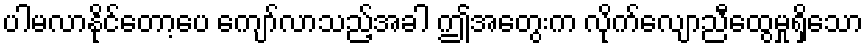
ပါမလာနိုင်တော့ပေ ကျော်လာသည့်အခါ ဤအတွေးက လိုက်လျောညီထွေမှုရှိသော